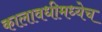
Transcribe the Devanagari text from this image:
कालावधीमध्येच